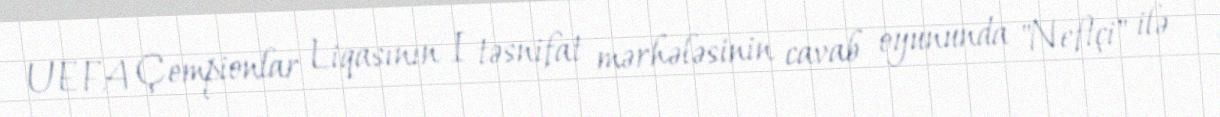
UEFA Çempionlar Liqasının I təsnifat mərhələsinin cavab oyununda "Neftçi" ilə